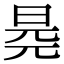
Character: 𣆧